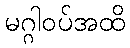
မဂ္ဂါဝပ်အထိ